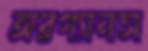
অরগ্যানস